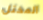
المختل